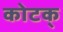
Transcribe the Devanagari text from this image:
कोटक्